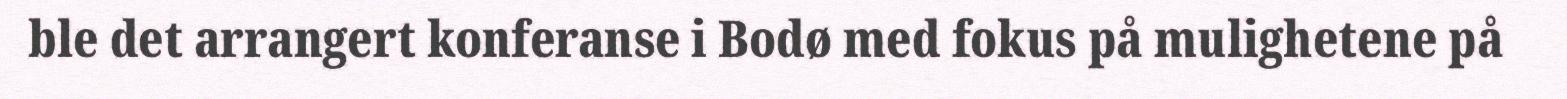
ble det arrangert konferanse i Bodø med fokus på mulighetene på